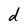
Character: d